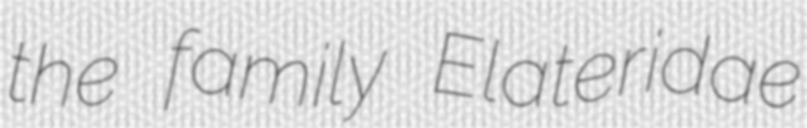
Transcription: the family Elateridae